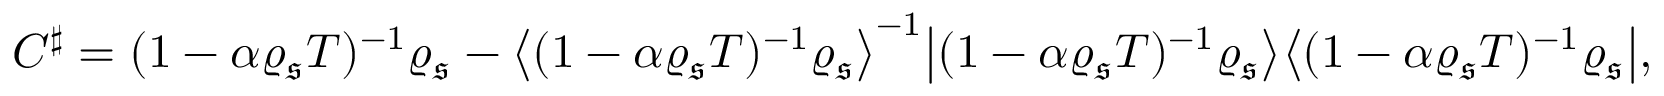
C ^ { \sharp } = ( 1 - \alpha \varrho _ { \mathfrak { s } } T ) ^ { - 1 } \varrho _ { \mathfrak { s } } - \big \langle ( 1 - \alpha \varrho _ { \mathfrak { s } } T ) ^ { - 1 } \varrho _ { \mathfrak { s } } \big \rangle ^ { - 1 } \big | ( 1 - \alpha \varrho _ { \mathfrak { s } } T ) ^ { - 1 } \varrho _ { \mathfrak { s } } \big \rangle \big \langle ( 1 - \alpha \varrho _ { \mathfrak { s } } T ) ^ { - 1 } \varrho _ { \mathfrak { s } } \big | ,